King Institute of Preventive Medicine Micro-Biological Section reports 1909-11
Year: 1909
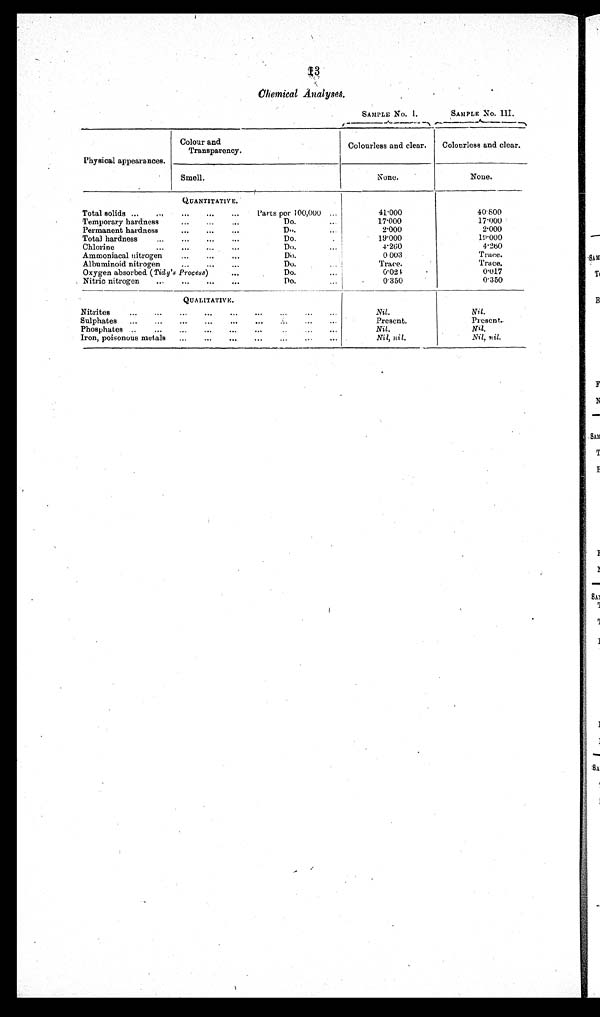
Chemical Analyses.
SAMPLE No. I.
SAMPLE NO. III.
Physical appearances.
Colour and
Transparency.
Colourless and clear.
Colourless and clear.
Smell.
None.
None.
QUANTITATIVE.
Total solids ...
,.,
...
...
... Parts per 100,000 . . .
41.000
40.800
Temporary hardness
...
...
...
Do....
17.000
17.000
Permanent hardness
...
...
...
Do....
2.000
2.000
Total hardness
... ... ... ...
Do.
19.000
19.000
Chlorine
...
...
...
D o . . .
4 . 2 6 0
4.260
Ammoniacal nitrogen
...
...
..
Do.
0 003
Trace.
Albuminoid nitrogen
...
...
...
Do..
Trace.
Trace.
Oxygen absorbed ( Tidy's Process) ...
Do.
0 . 0 2 4
0.017
Nitric nitrogen ...
...
...
...
Do.
. . . 0.350
0.350
QUALITATIVE.
Nitrites...
...
...
...
......
...
...
. . .
N i l .
Nil.
Sulphates ...
...
...
...
......
...
...
. . .
Present.
Present.
Phosphates...
...
...
...
......
. . .
. . .
Nil.
Nil.
Iron, poisonous metals ...
...
......
...
...
. . .
Nil, nil.
Nil, nil.